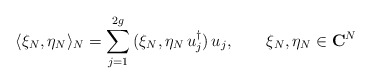
\begin{align*}\langle \xi_N,\eta_N\rangle_N=\sum_{j=1}^{2g}\, (\xi_N,\eta_N\,u_j^{\dagger})\,u_j, \qquad \xi_N,\eta_N\in {\bf C}^N \end{align*}